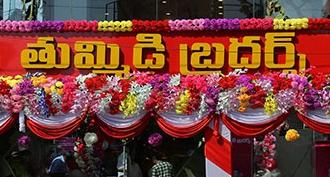
Language: telugu
Transcription: తుమ్మిడి బ్రదర్స్